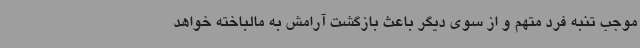
موجب تنبه فرد متهم و از سوی دیگر باعث بازگشت آرامش به مالباخته خواهد